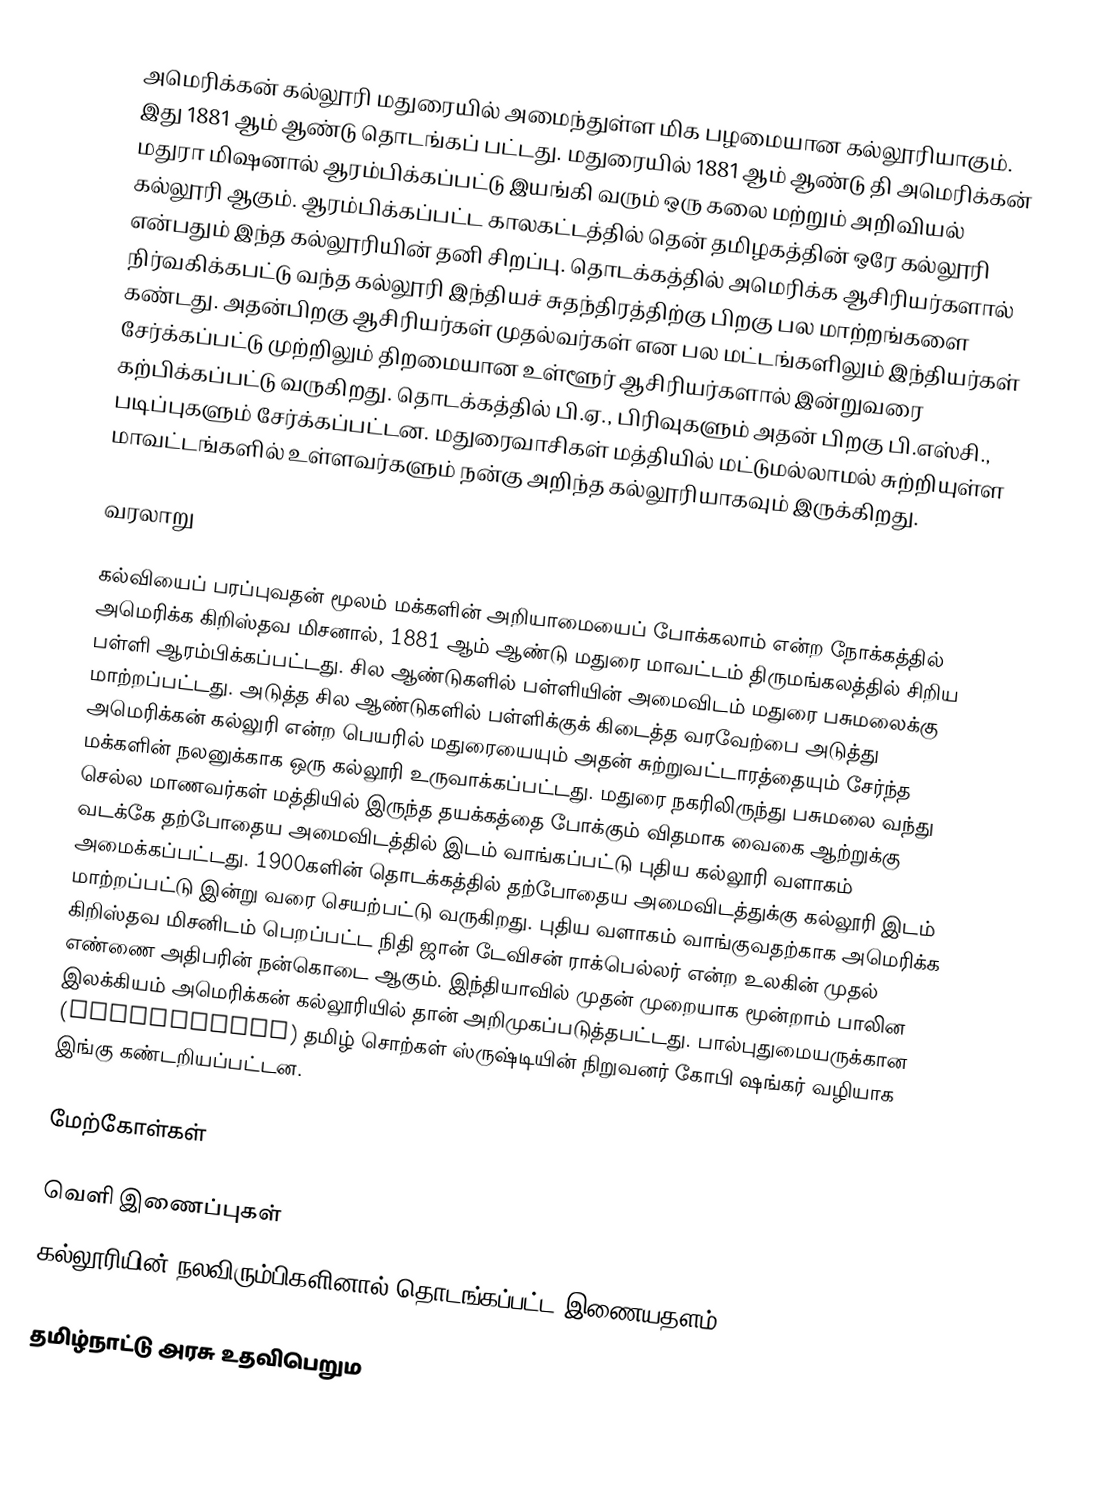
அமெரிக்கன் கல்லூரி மதுரையில் அமைந்துள்ள மிக பழமையான கல்லூரியாகும். இது 1881 ஆம் ஆண்டு தொடங்கப் பட்டது. மதுரையில் 1881 ஆம் ஆண்டு தி அமெரிக்கன் மதுரா மிஷனால் ஆரம்பிக்கப்பட்டு இயங்கி வரும் ஒரு கலை மற்றும் அறிவியல் கல்லூரி ஆகும். ஆரம்பிக்கப்பட்ட காலகட்டத்தில் தென் தமிழகத்தின் ஒரே கல்லூரி என்பதும் இந்த கல்லூரியின் தனி சிறப்பு. தொடக்கத்தில் அமெரிக்க ஆசிரியர்களால் நிர்வகிக்கபட்டு வந்த கல்லூரி இந்தியச் சுதந்திரத்திற்கு பிறகு பல மாற்றங்களை கண்டது. அதன்பிறகு ஆசிரியர்கள் முதல்வர்கள் என பல மட்டங்களிலும் இந்தியர்கள் சேர்க்கப்பட்டு முற்றிலும் திறமையான உள்ளூர் ஆசிரியர்களால் இன்றுவரை கற்பிக்கப்பட்டு வருகிறது. தொடக்கத்தில் பி.ஏ., பிரிவுகளும் அதன் பிறகு பி.எஸ்சி., படிப்புகளும் சேர்க்கப்பட்டன. மதுரைவாசிகள் மத்தியில் மட்டுமல்லாமல் சுற்றியுள்ள மாவட்டங்களில் உள்ளவர்களும் நன்கு அறிந்த கல்லூரியாகவும் இருக்கிறது.

வரலாறு

கல்வியைப் பரப்புவதன் மூலம் மக்களின் அறியாமையைப் போக்கலாம் என்ற நோக்கத்தில் அமெரிக்க கிறிஸ்தவ மிசனால், 1881 ஆம் ஆண்டு மதுரை மாவட்டம் திருமங்கலத்தில் சிறிய பள்ளி ஆரம்பிக்கப்பட்டது. சில ஆண்டுகளில் பள்ளியின் அமைவிடம் மதுரை பசுமலைக்கு மாற்றப்பட்டது. அடுத்த சில ஆண்டுகளில் பள்ளிக்குக் கிடைத்த வரவேற்பை அடுத்து அமெரிக்கன் கல்லுரி என்ற பெயரில் மதுரையையும் அதன் சுற்றுவட்டாரத்தையும் சேர்ந்த மக்களின் நலனுக்காக ஒரு கல்லூரி உருவாக்கப்பட்டது. மதுரை நகரிலிருந்து பசுமலை வந்து செல்ல மாணவர்கள் மத்தியில் இருந்த தயக்கத்தை போக்கும் விதமாக வைகை ஆற்றுக்கு வடக்கே தற்போதைய அமைவிடத்தில் இடம் வாங்கப்பட்டு புதிய கல்லூரி வளாகம் அமைக்கப்பட்டது. 1900களின் தொடக்கத்தில் தற்போதைய அமைவிடத்துக்கு கல்லூரி இடம் மாற்றப்பட்டு இன்று வரை செயற்பட்டு வருகிறது. புதிய வளாகம் வாங்குவதற்காக அமெரிக்க கிறிஸ்தவ மிசனிடம் பெறப்பட்ட நிதி ஜான் டேவிசன் ராக்பெல்லர் என்ற உலகின் முதல் எண்ணை அதிபரின் நன்கொடை ஆகும். இந்தியாவில் முதன் முறையாக மூன்றாம் பாலின இலக்கியம் அமெரிக்கன் கல்லூரியில் தான் அறிமுகப்படுத்தபட்டது. பால்புதுமையருக்கான (Genderqueer) தமிழ் சொற்கள் ஸ்ருஷ்டியின்  நிறுவனர்  கோபி ஷங்கர் வழியாக இங்கு கண்டறியப்பட்டன.

மேற்கோள்கள்

வெளி இணைப்புகள்
 கல்லூரியின் நலவிரும்பிகளினால் தொடங்கப்பட்ட இணையதளம்

தமிழ்நாட்டு அரசு உதவிபெறும